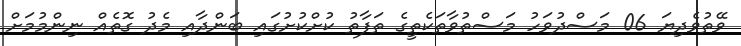
ވޭތުވެދިޔަ 06 މަސްދުވަހު މަސްތުވާތަކެތީގެ ތަފާތު ކުށްކުށުގައި ބަންދާއި މެދު ގޮތެއް ނިންމުމަށް